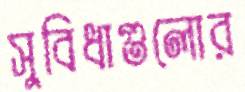
সুবিধাগুলোর